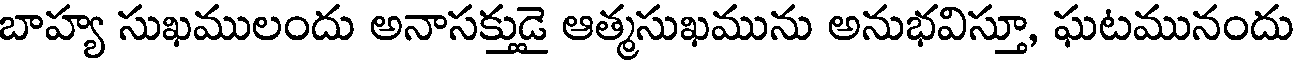
బాహ్య సుఖములందు అనాసక్తుడై ఆత్మసుఖమును అనుభవిస్తూ, ఘటమునందు